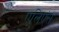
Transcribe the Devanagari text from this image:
एलिएंस